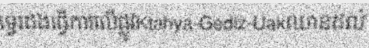
ទ្វេរដងធ្វើការលើផ្លូវKtahya-Gediz-Uakឈានដល់